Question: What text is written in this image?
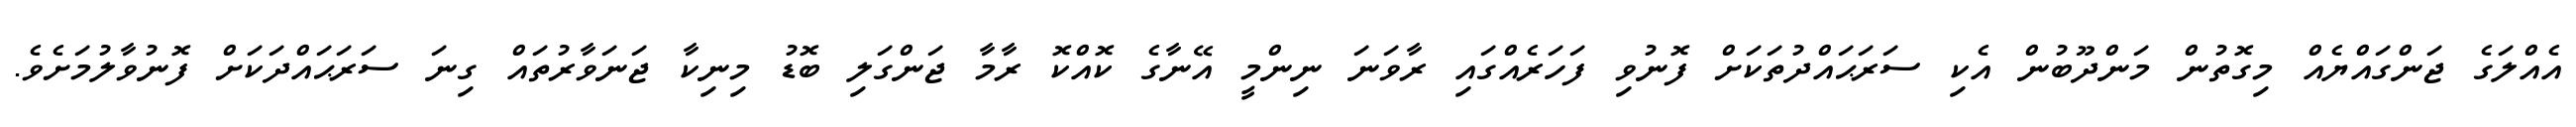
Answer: އެއްލަގެ ޖަންގައްޔެއް މިގޮތުން މަންދޫބުން އެކި ސަރަޙައްދުތަކަށް ފޮނުވި ފަހަރެއްގައި ރާވަނަ ނިންމީ އޭނާގެ ކޮއްކޮ ރާމާ ޖަންގަލި ބޮޑު މިނިކާ ޖަނަވާރުތައް ގިނަ ސަރަޙައްދަކަށް ފޮނުވާލުމަށެވެ.